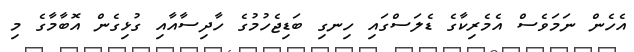
އެހެން ނަމަވެސް އެމެރިކާގެ ޑެލަސްގައި ހިނގި ބަޑިޖެހުމުގެ ހާދިސާއާއި ގުޅިގެން އޮބާމާގެ މި